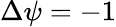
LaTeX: \Delta\psi=-1